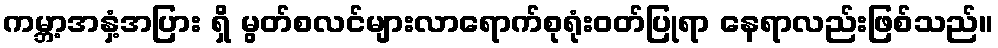
ကမ္ဘာ့အနှံ့အပြား ရှိ မွတ်စလင်များလာရောက်စုရုံးဝတ်ပြုရာ နေရာလည်းဖြစ်သည်။